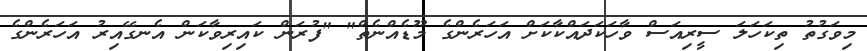
މިވަގުތު ތިކަހަލަ ސީރިއަސް ވާހަކަދައްކާކަށް އަހަރެންގެ މޫޑެއްނެތް" "ފުރަން ކައިރިވާކަން އެނގޭއިރު އަހަރެންގެ